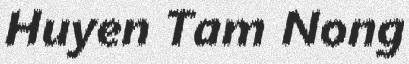
Huyen Tam Nong